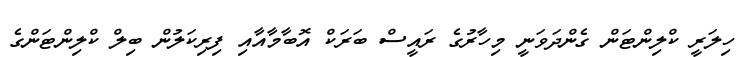
ހިލަރީ ކްލިންޓަން ގެންދަވަނީ މިހާރުގެ ރައީސް ބަރަކް އޮބާމާއާއި ފިރިކަލުން ބިލް ކްލިންޓަންގެ